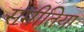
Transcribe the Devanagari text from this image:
समीतिया